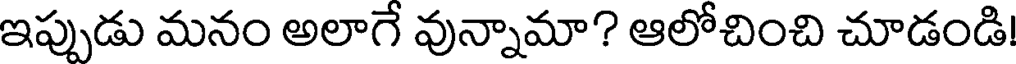
ఇప్పుడు మనం అలాగే వున్నామా? ఆలోచించి చూడండి